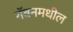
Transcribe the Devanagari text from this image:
गॅबनमधील